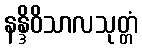
နန္ဒိဝိသာလသုတ္တံ